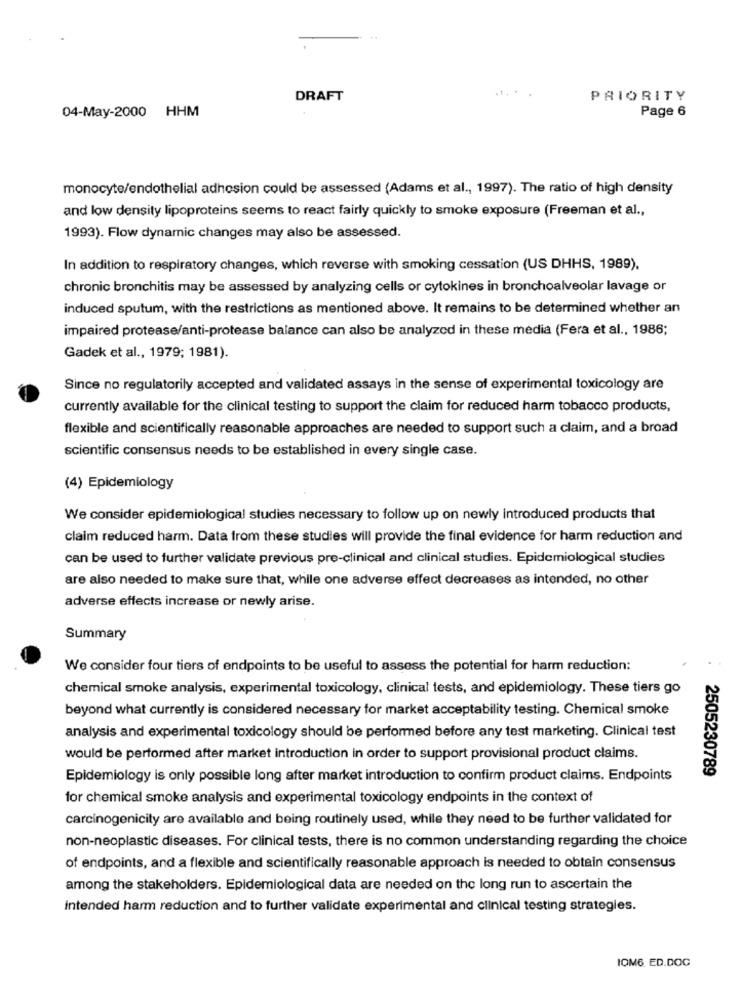
DRAFT
PRIORITY
04-May-2000 HHM
Page 6
monocyte/endothelial adhesion could be assessed (Adams et al ., 1997). The ratio of high density
and low density lipoproteins seems to react fairly quickly to smoke exposure (Freeman et al .,
1993). Flow dynamic changes may also be assessed.
In addition to respiratory changes, which reverse with smoking cessation (US DHHS, 1989).
chronic bronchitis may be assessed by analyzing cells or cytokines in bronchoalveolar lavage or
induced sputum, with the restrictions as mentioned above. It remains to be determined whether an
impaired protease/anti-protease balance can also be analyzed in these media (Fera et al ., 1986;
Gadek et al ., 1979; 1981).
Since no regulatorily accepted and validated assays in the sense of experimental toxicology are
currently available for the clinical testing to support the claim for reduced harm tobacco products,
flexible and scientifically reasonable approaches are needed to support such a claim, and a broad
scientific consensus needs to be established in every single case.
(4) Epidemiology
We consider epidemiological studies necessary to follow up on newly introduced products that
claim reduced harm. Data from these studies will provide the final evidence for harm reduction and
can be used to further validate previous pre-clinical and clinical studies. Epidemiological studies
are also needed to make sure that, while one adverse effect decreases as intended, no other
adverse effects increase or newly arise.
Summary
We consider four tiers of endpoints to be useful to assess the potential for harm reduction:
chemical smoke analysis, experimental toxicology, clinical tests, and epidemiology. These tiers go
beyond what currently is considered necessary for market acceptability testing. Chemical smoke
analysis and experimental toxicology should be performed before any test marketing. Clinical test
would be performed after market introduction in order to support provisional product claims.
2505230789
Epidemiology is only possible long after market introduction to confirm product claims. Endpoints
for chemical smoke analysis and experimental toxicology endpoints in the context of
carcinogenicity are available and being routinely used, while they need to be further validated for
non-neoplastic diseases. For clinical tests, there is no common understanding regarding the choice
of endpoints, and a flexible and scientifically reasonable approach is needed to obtain consensus
among the stakeholders. Epidemiological data are needed on the long run to ascertain the
Intended harm reduction and to further validate experimental and clinical testing strategies.
IOM6 ED.DOC